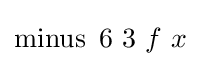
\operatorname {minus} \ 6\ 3\ f\ x